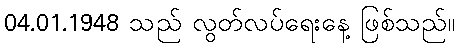
04.01.1948 သည် လွတ်လပ်ရေးနေ့ ဖြစ်သည်။